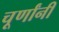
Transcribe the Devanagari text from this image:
चूर्णांनी